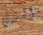
الذي